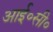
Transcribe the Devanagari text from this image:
आई॰सी॰